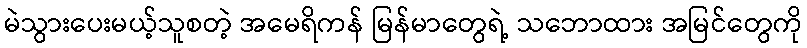
မဲသွားပေးမယ့်သူစတဲ့ အမေရိကန် မြန်မာတွေရဲ့ သဘောထား အမြင်တွေကို